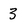
Character: 3